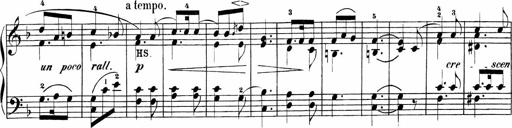
Title: Sonatinas
Composer: Andrew Violette